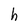
Character: h